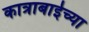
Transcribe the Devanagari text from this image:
कात्राबाईच्या